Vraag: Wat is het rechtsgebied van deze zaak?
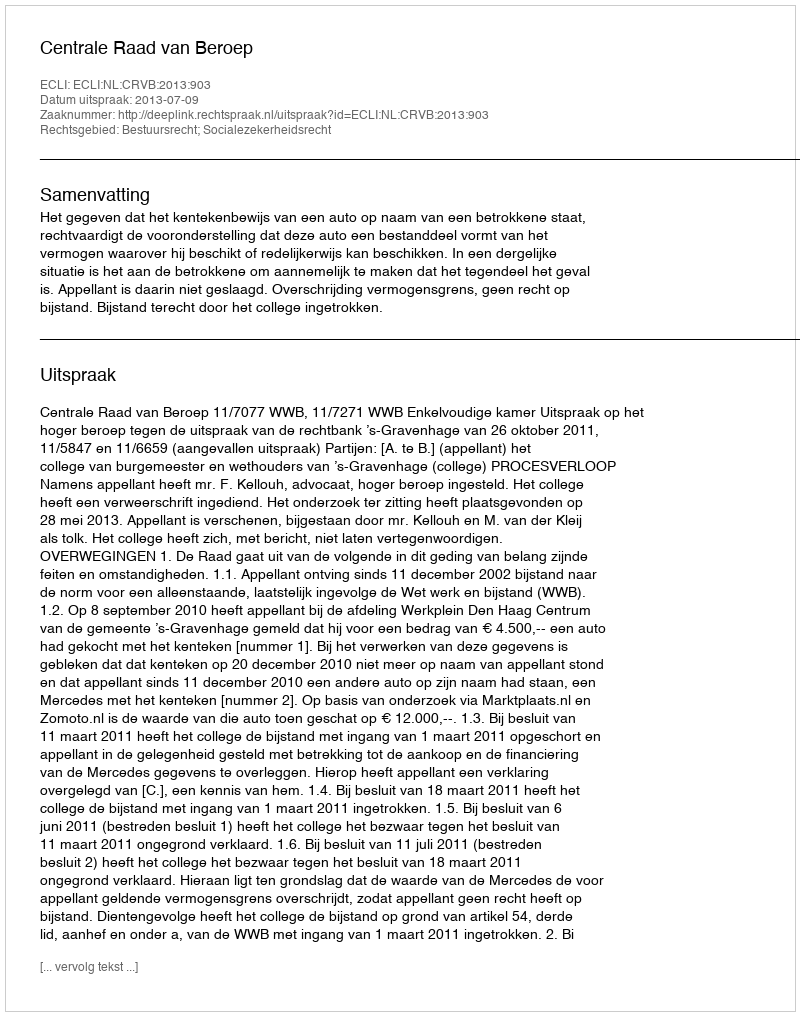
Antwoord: Bestuursrecht; Socialezekerheidsrecht